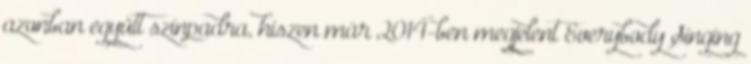
azonban együtt színpadra, hiszen már 2014-ben megjelent Everybody Sin­ging